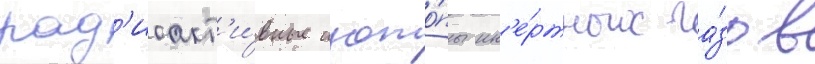
рад'иоакт'и́вные изото́пы ин'е́ртных га́зов